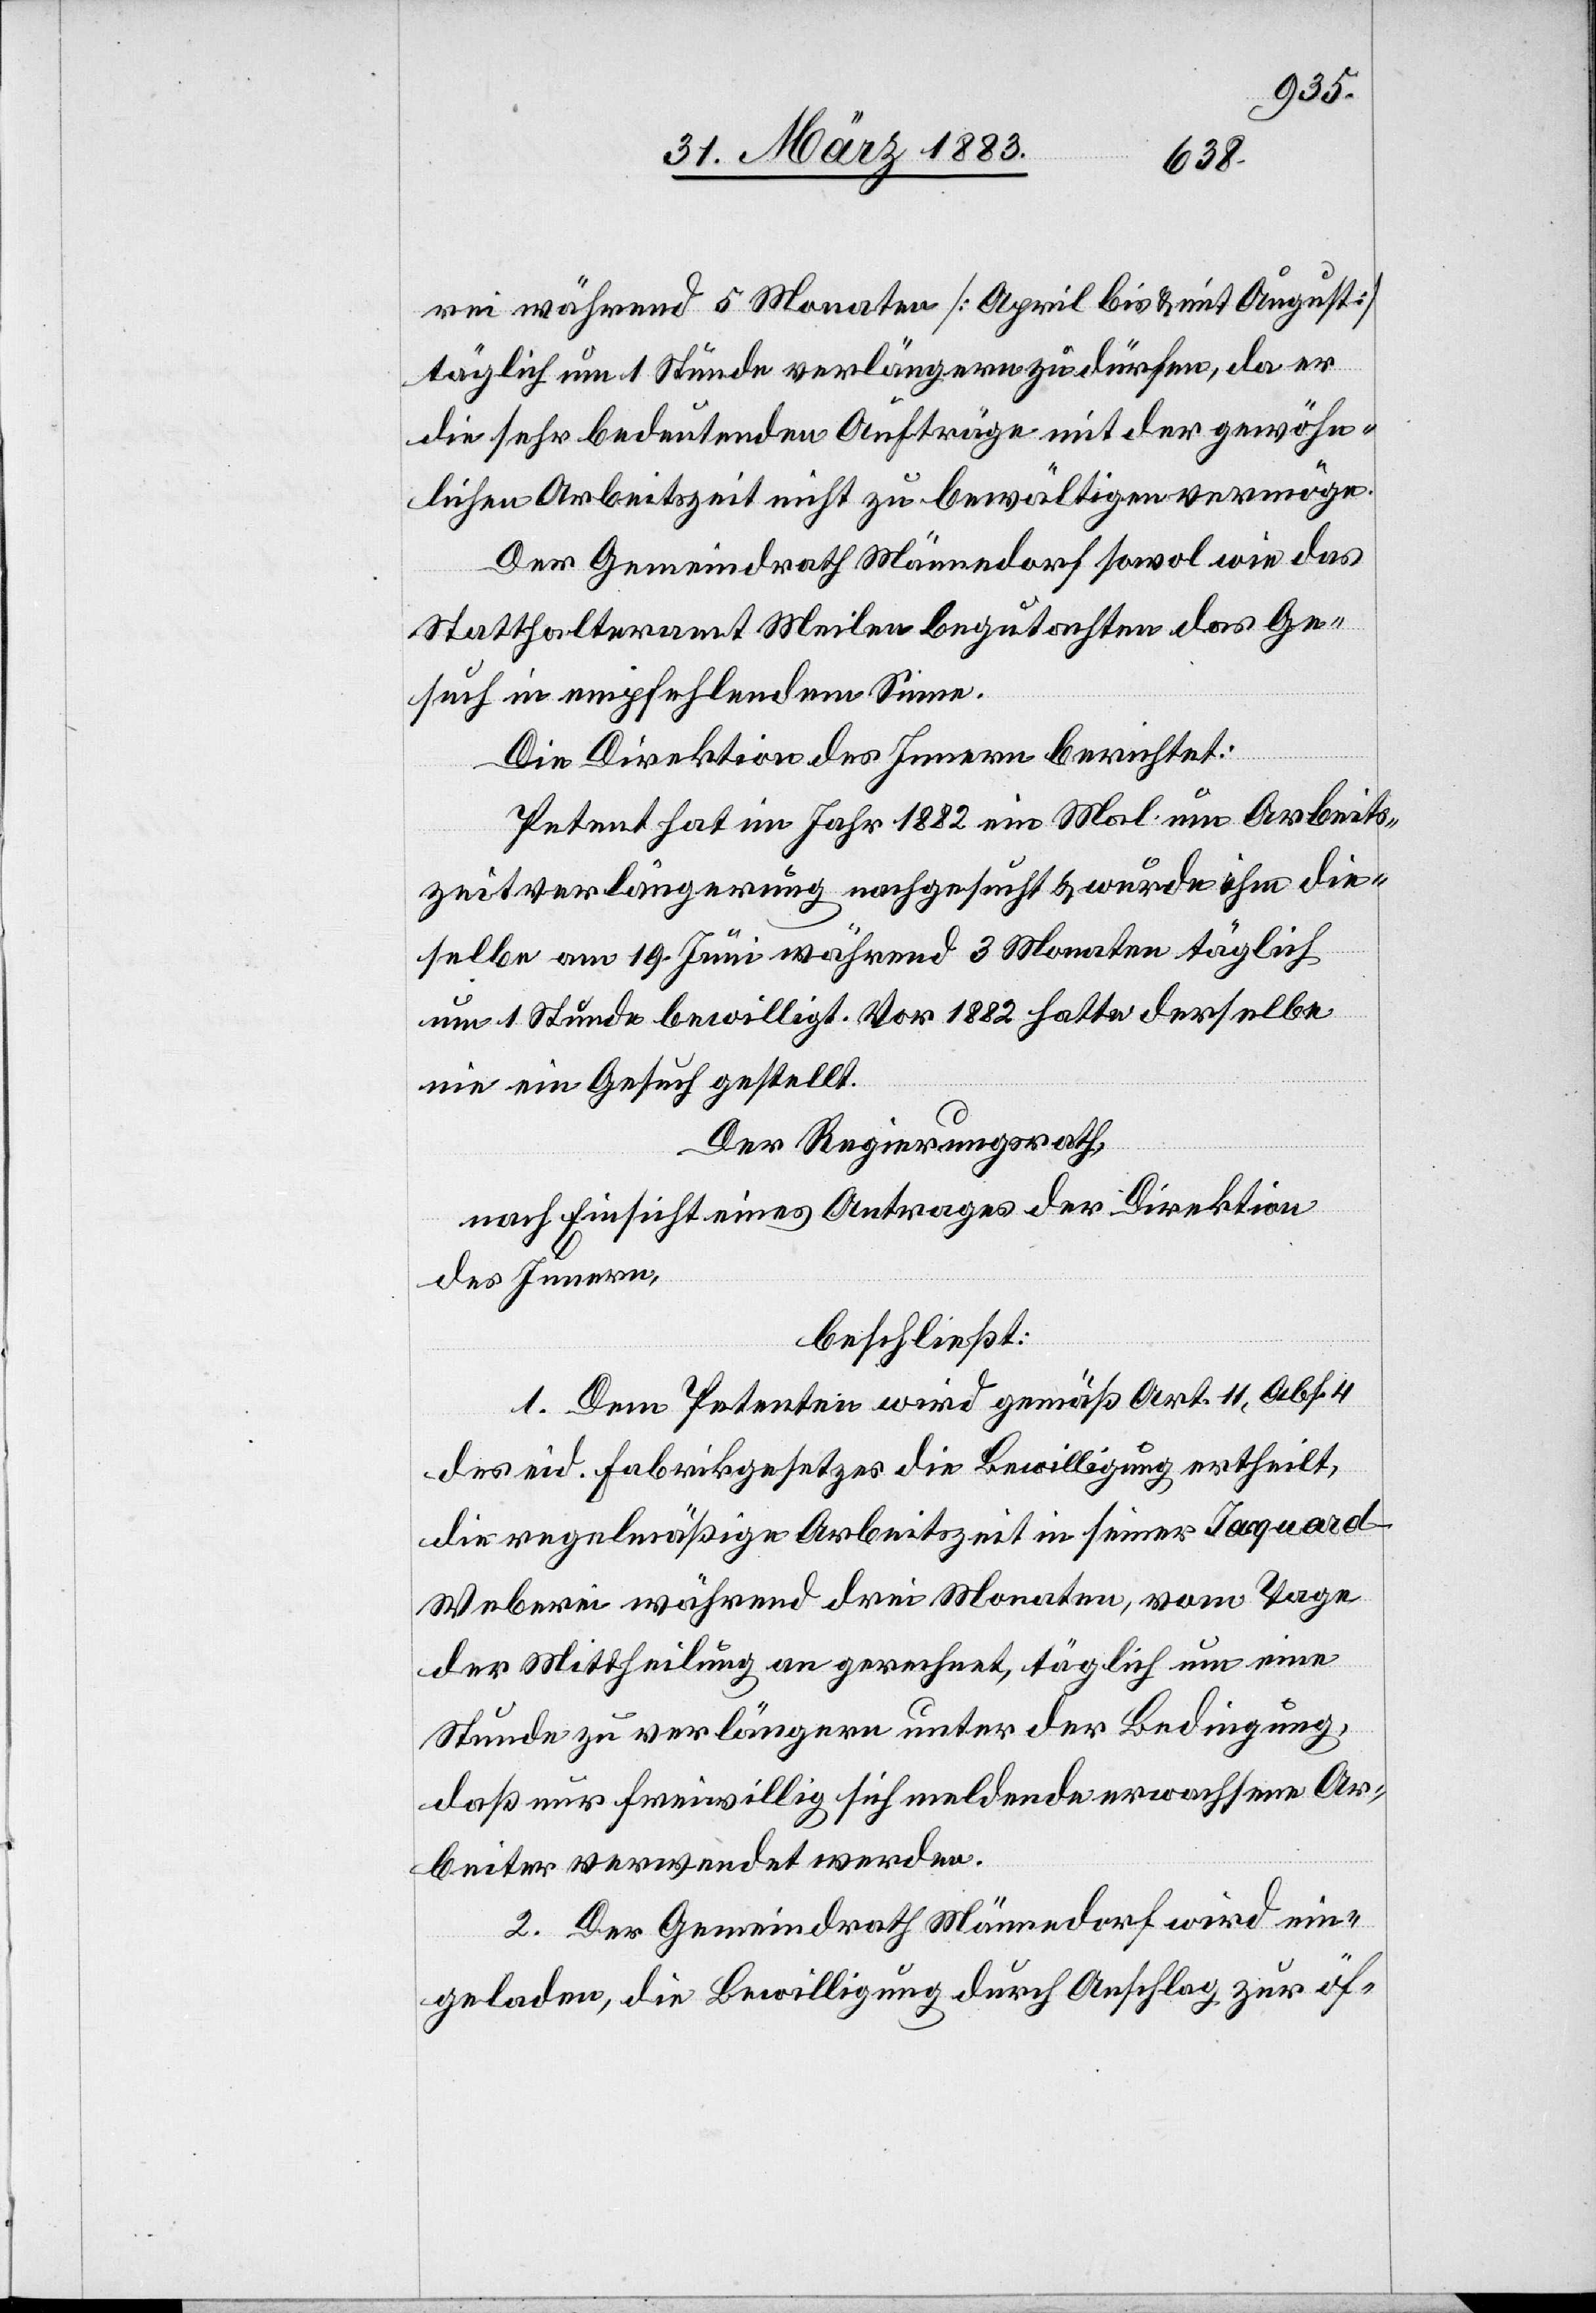
rei während 5 Monaten [April bis & mit August]
täglich um 1 Stunde verlängern zu dürfen, da er
die sehr bedeutenden Aufträge mit der gewöhn¬
lichen Arbeitszeit nicht zu bewältigen vermöge.
Der Gemeindrath Männedorf sowol wie das
Statthalteramt Meilen begutachten das Ge¬
such in empfehlendem Sinne.
Die Direktion des Innern berichtet:
Petent hat im Jahr 1882 ein Mal um Arbeits¬
zeitverlängerung nachgesucht & wurde ihm die¬
selbe am 19. Juni während 3 Monaten täglich
um 1 Stunde bewilligt. Vor 1882 hatte derselbe
nie ein Gesuch gestellt.
Der Regierungsrath,
nach Einsicht eines Antrages der Direktion
des Innern,
beschließt:
1. Dem Petenten wird gemäß Art. 11, Abs. 4
des eid. Fabrikgesetzes die Bewilligung ertheilt,
die regelmäßige Arbeitszeit in seiner Jacquard
Weberei während drei Monaten, vom Tage
der Mittheilung an gerechnet, täglich um eine
Stunde zu verlängern unter der Bedingung,
daß nur freiwillig sich meldende erwachsene Ar¬
beiter verwendet werden.
2. Der Gemeindrath Männedorf wird ein¬
geladen, die Bewilligung durch Anschlag zur öf